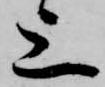
上